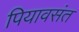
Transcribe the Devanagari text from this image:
पियावसंत